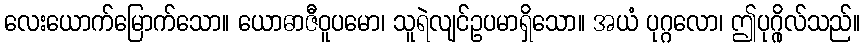
လေးယောက်မြောက်သော။ ယောဓာဇီဝူပမော၊ သူရဲလျင်ဥပမာရှိသော။ အယံ ပုဂ္ဂလော၊ ဤပုဂ္ဂိုလ်သည်။